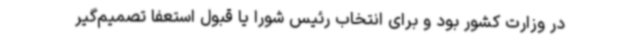
در وزارت کشور بود و برای انتخاب رئیس شورا یا قبول استعفا تصمیم‌گیر